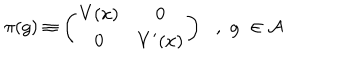
\pi ( g ) \equiv \left( \begin{matrix} { { V ( x ) } } & { { 0 } } \\ { { 0 } } & { { V ^ { \prime } ( x ) } } \\ \end{matrix} \right) \, \, \, \, , \, \, g \, \, \in { \cal A }